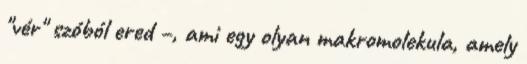
"vér" szóból ered –, ami egy olyan makromolekula, amely